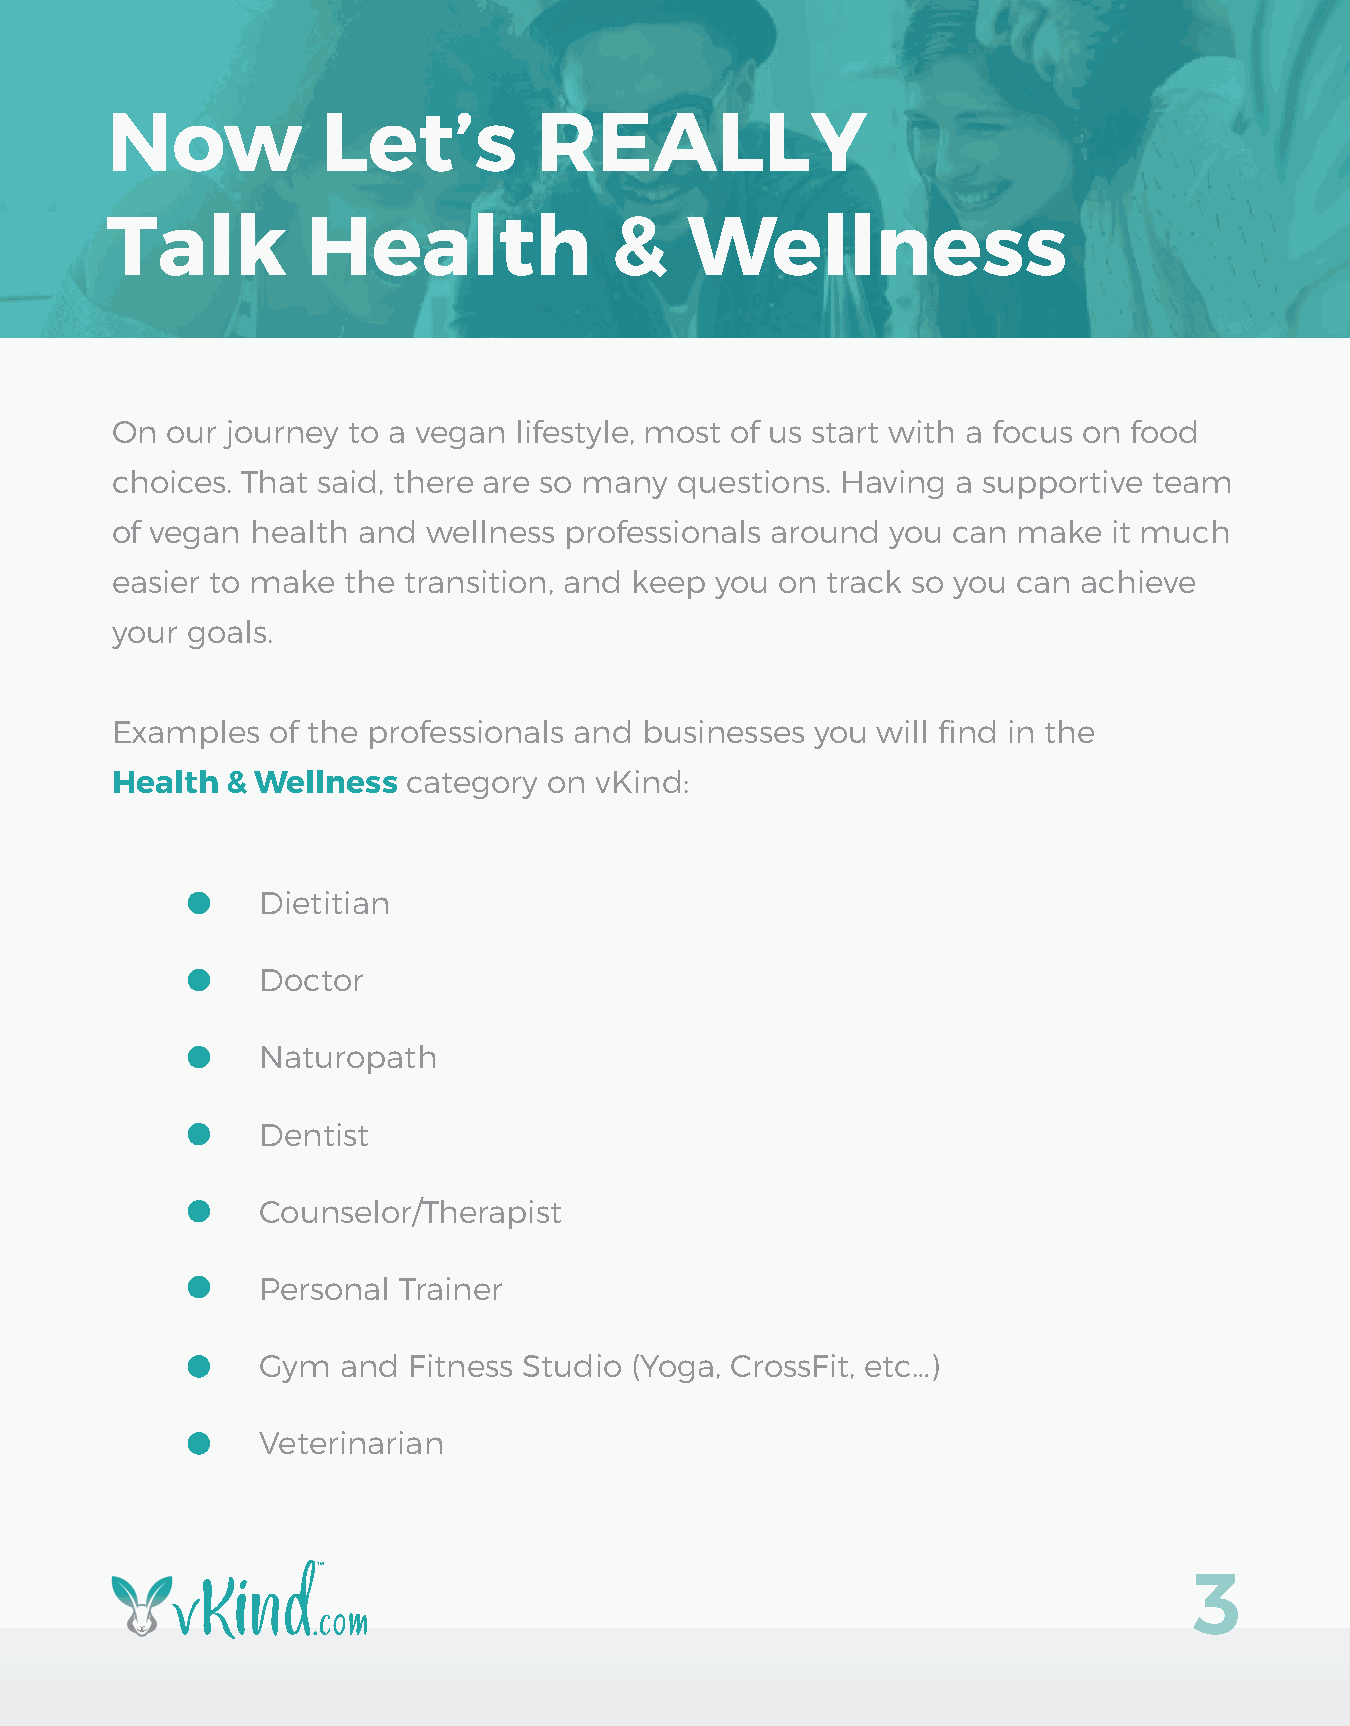
Now           Let’s          REALLY
 Talk         Health              &    Wellness
 On  our journey to a vegan lifestyle, most of us start with a focus on food
 choices. That said, there are so many questions. Having a supportive team
 of vegan  health and wellness professionals around  you can make   it much
 easier to make  the transition, and keep you on track so you can achieve
 your goals.
 Examples   of the professionals and businesses you will find in the
 Health  & Wellness  category on vKind:
 Dietitian
 Doctor
 Naturopath
 Dentist
 Counselor/Therapist
 Personal Trainer
 Gym  and  Fitness Studio (Yoga, CrossFit, etc…)
 Veterinarian
 3